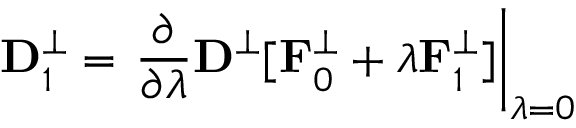
{ \bf D } _ { 1 } ^ { \perp } = \left. \frac { \partial } { \partial \lambda } { \bf D } ^ { \perp } [ { \bf F } _ { 0 } ^ { \perp } + \lambda { \bf F } _ { 1 } ^ { \perp } ] \right\vert _ { \lambda = 0 }